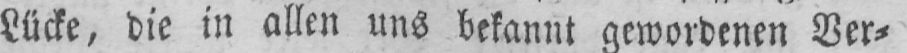
Lücke, die in allen uns bekannt gewordenen Ver⸗